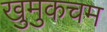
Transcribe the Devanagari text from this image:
खुमुकचम